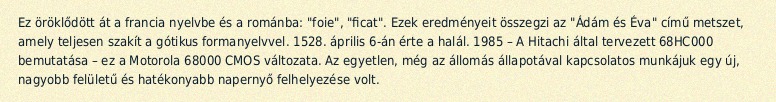
Ez öröklődött át a francia nyelvbe és a románba: "foie", "ficat". Ezek eredményeit összegzi az "Ádám és Éva" című metszet, amely teljesen szakít a gótikus formanyelvvel. 1528. április 6-án érte a halál. 1985 – A Hitachi által tervezett 68HC000 bemutatása – ez a Motorola 68000 CMOS változata. Az egyetlen, még az állomás állapotával kapcsolatos munkájuk egy új, nagyobb felületű és hatékonyabb napernyő felhelyezése volt.